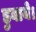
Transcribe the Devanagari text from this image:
डुबाये।